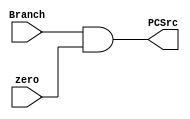
`timescale 1ns / 1ps
//////////////////////////////////////////////////////////////////////////////////
// Company: 
// Engineer: 
// 
// Design Name: 
// Module Name: andgate
// Project Name: 
// Target Devices: 
// Tool Versions: 
// Description: 
// 
// Dependencies: 
// 
// Revision:
// Revision 0.01 - File Created
// Additional Comments:
// 
//////////////////////////////////////////////////////////////////////////////////


module andgate(
    input Branch,
    input zero,
    output PCSrc
    );
    assign PCSrc = Branch & zero;
endmodule